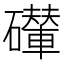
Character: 𥗇